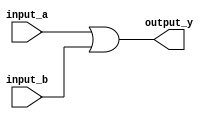
module vector_continuous_assignment(
    input wire [7:0] input_a,   // 8-bit input vector A
    input wire [7:0] input_b,   // 8-bit input vector B
    output wire [7:0] output_y   // 8-bit output vector Y
);

// Continuous assignment to drive output_y based on the logical OR of input_a and input_b
assign output_y = input_a | input_b;

endmodule